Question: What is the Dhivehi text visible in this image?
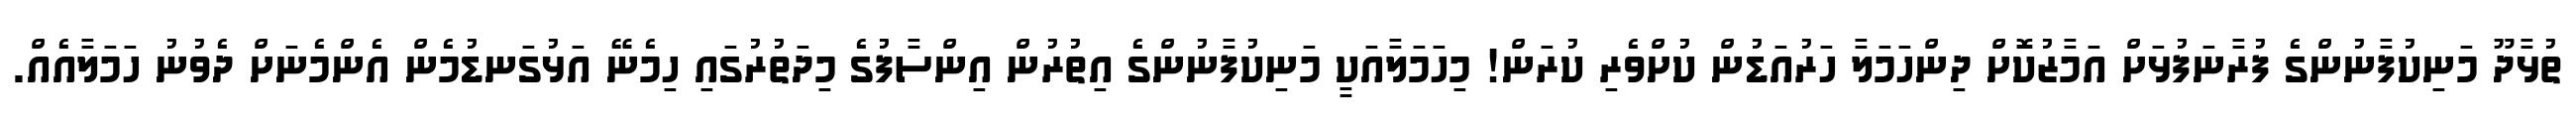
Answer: ތުޅާދޫ މަނިކުފާނުންގެ ފުރާނަފުޅަށް އަމާޒުކޮށް ދިންހަމަލާ ހަރުއަޑުން ކުށްވެރި ކުރަން! މިހަމަލާއަކީ މަނިކުފާނުންގެ އިތުރުން އިންސާފުގެ މިދަތުރުގައި ހިމެނޭ އަޅުގަނޑުމެން އެންމެނަށް ދެވުނު ހަމަލާއެއް.